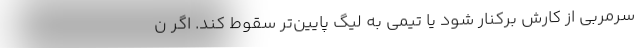
سرمربی از کارش برکنار شود یا تیمی به لیگ پایین‌تر سقوط کند. اگر ن